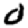
Digit: 0